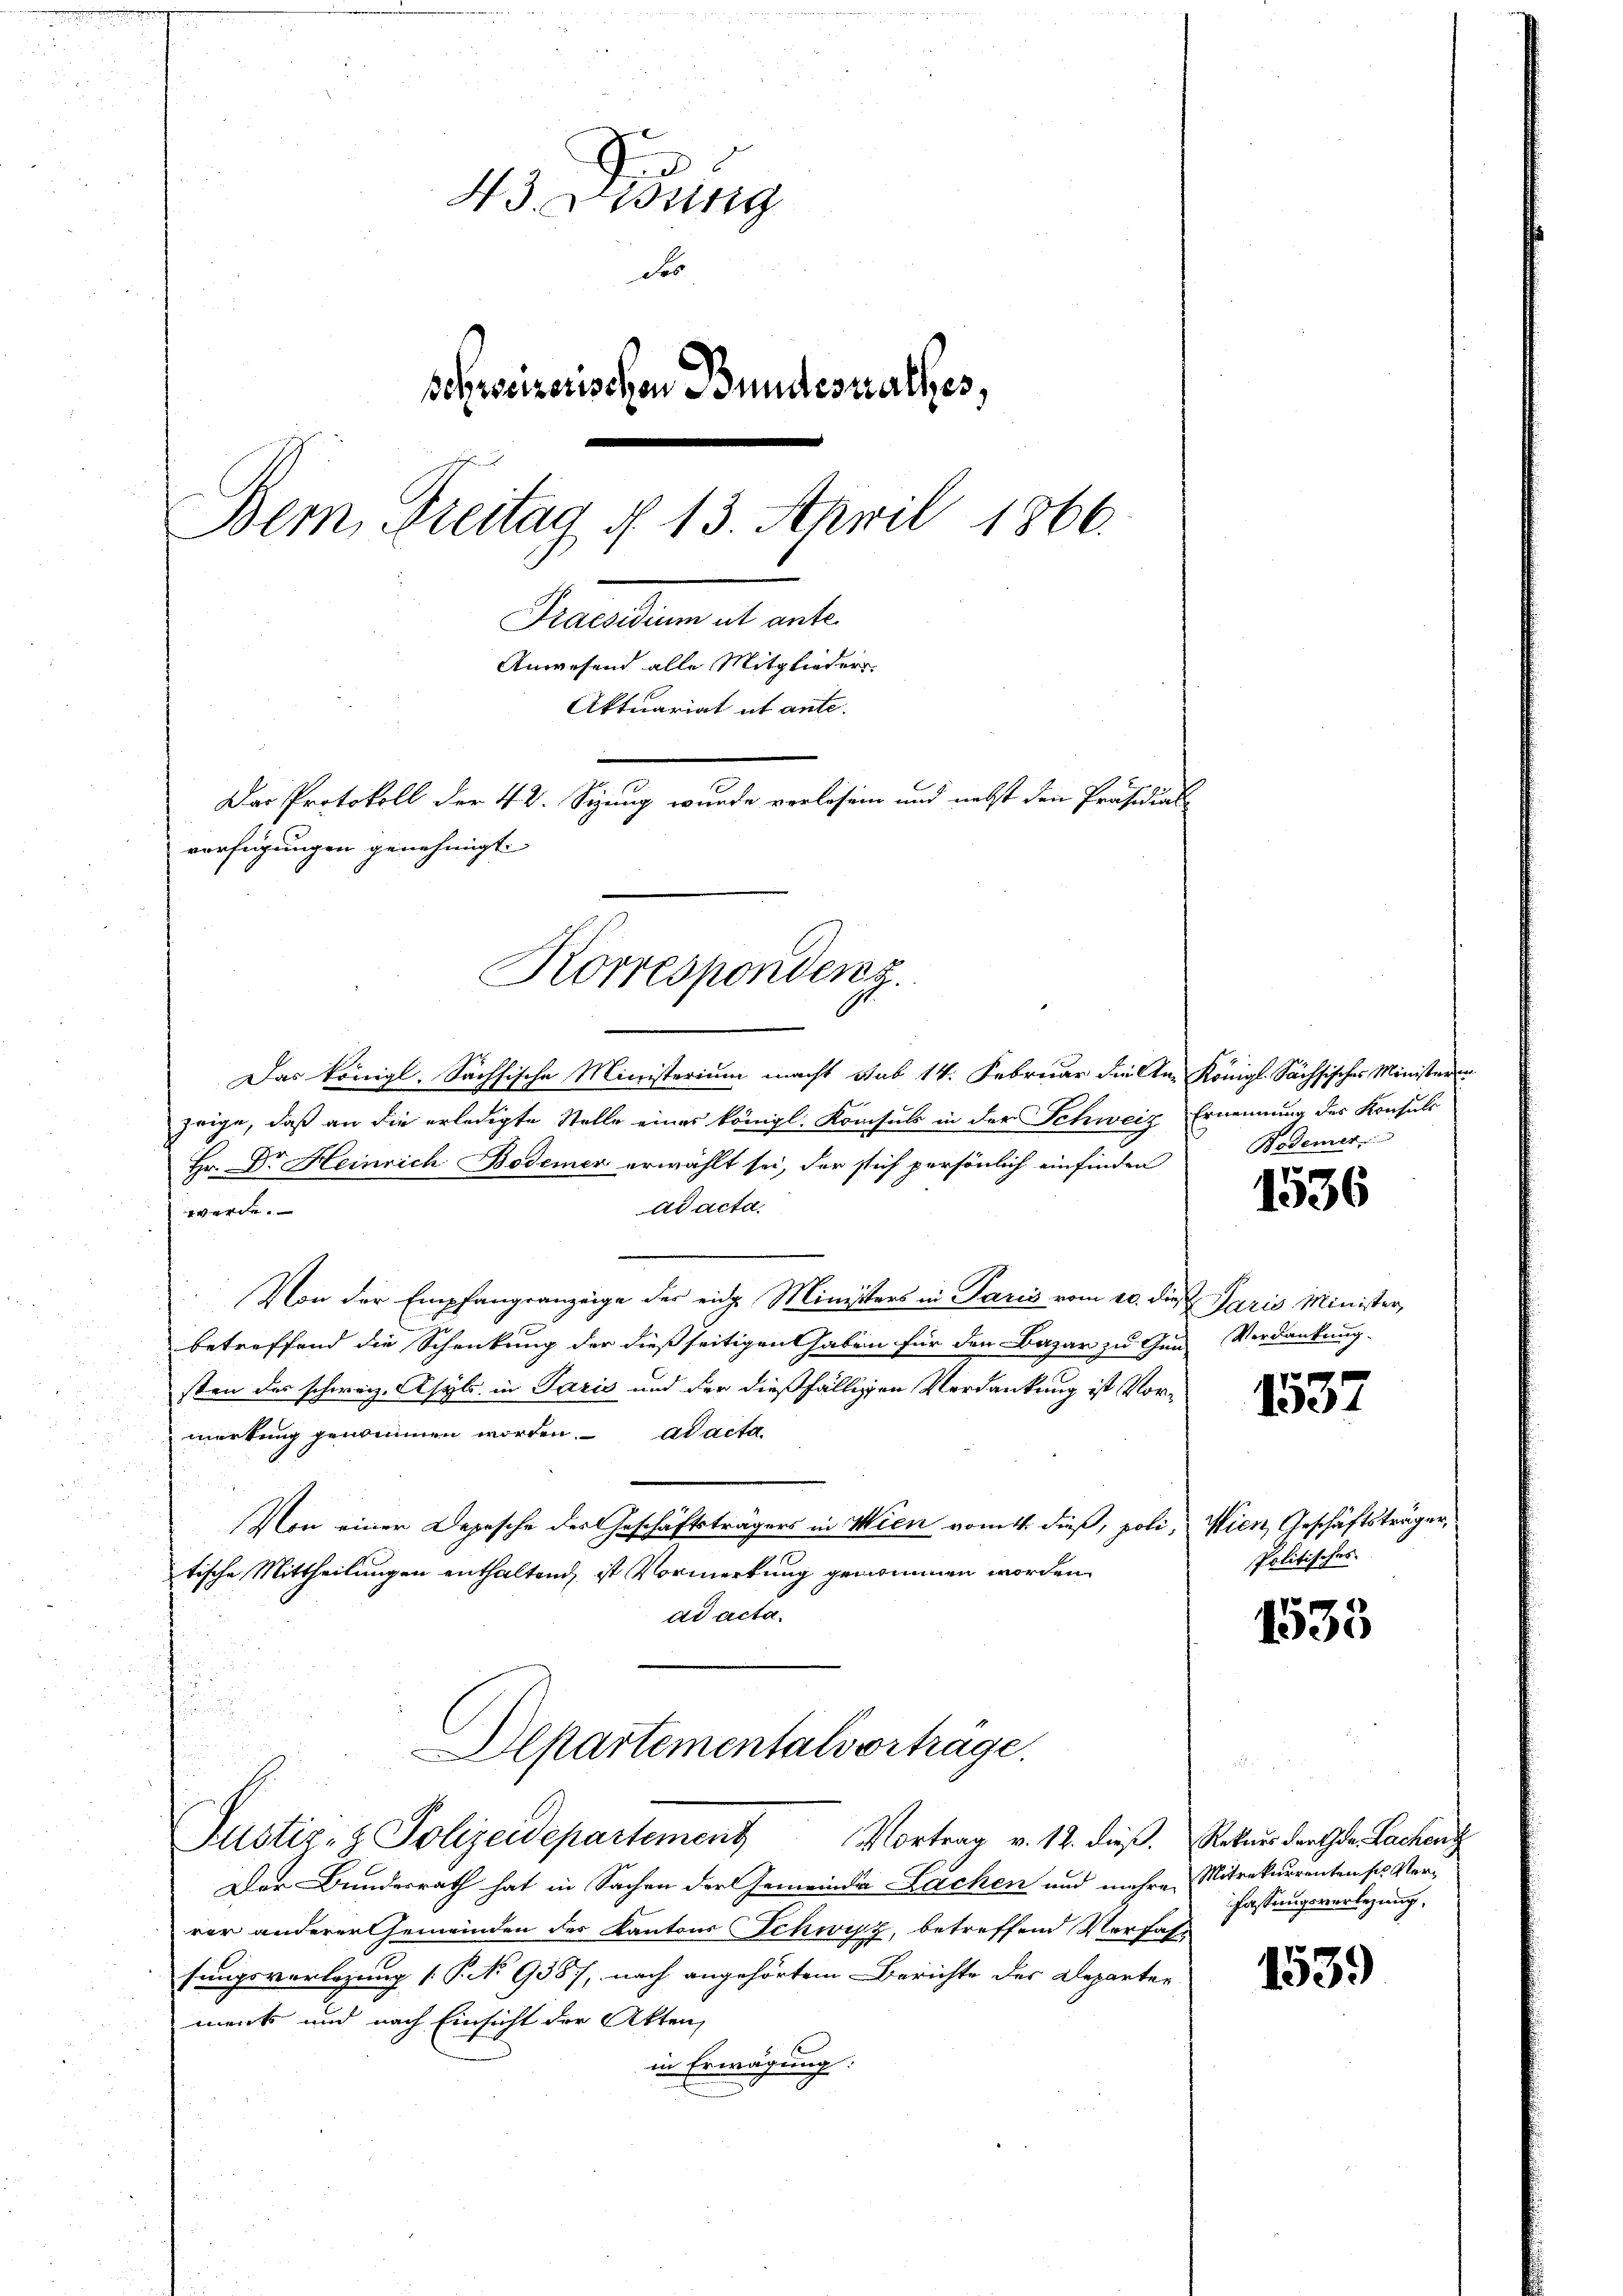
43 Didung
de
schweizerischen Bundesrathes,
Bem, Freitag § 13. April 1866.
Snellen als eit.
Anwesend alle Mitglieders
Aktuariat ut ante.
Der Protokoll der 4 V. Sizung wurde verlesen und nebst den Präsidial-
verfügungen genehmigt.
Korrespondenz

Das königl. Sachsische Ministerium macht sub 14. Februar die An- Königl. Sächsisches Ministeren
zeige, daß an die erledigte Stelle eines königl. Konsuls in der Schweiz Ernennung des Konsuls
Hr. Dr Heinrich Bodemer erwählt sei, der sich persönlich einfinden
ad acta.
werde.
Von der Empfangsanzeige der eidg. Ministers in Paris vom 20. die Paris Minister,
betreffend die Schenkung der dießseitigen haben für den Bazar zu Gun-
sten des schweiz. Asyls in Paris und der dießfälligen Verdankung ist Vormerkung genommen worden. ad acta.
Von einer Depesche der Geschäftsträgers in Wien vom 4. dieß, politische Mittheilungen enthaltend, ist Vormerkung genommen worden
ad acta.
Departementalverträge.
Justiz- & Polizeidepartement Vortrag v. 12. dieβ. Rekurs der Gen. Bachenz
Der Bundesrath hat in Sachen der Gemeinde Lachen und mehrer Mitrekurrenten ses Verrer anderer Gemeinden des Kantons Schwyz, betreffend Vorfahr
sungsverlegung [P. No 9357, nach angehörtem Berichte des Departer
ment und nach Einsicht der Akten,
in Erwägung:

.

Bademer

e
1356

Verdankung.

1537

Wien Geschäftsträger,
Politisches

1533

fassungsverlegung,

1539